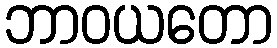
ဘာဝယတော